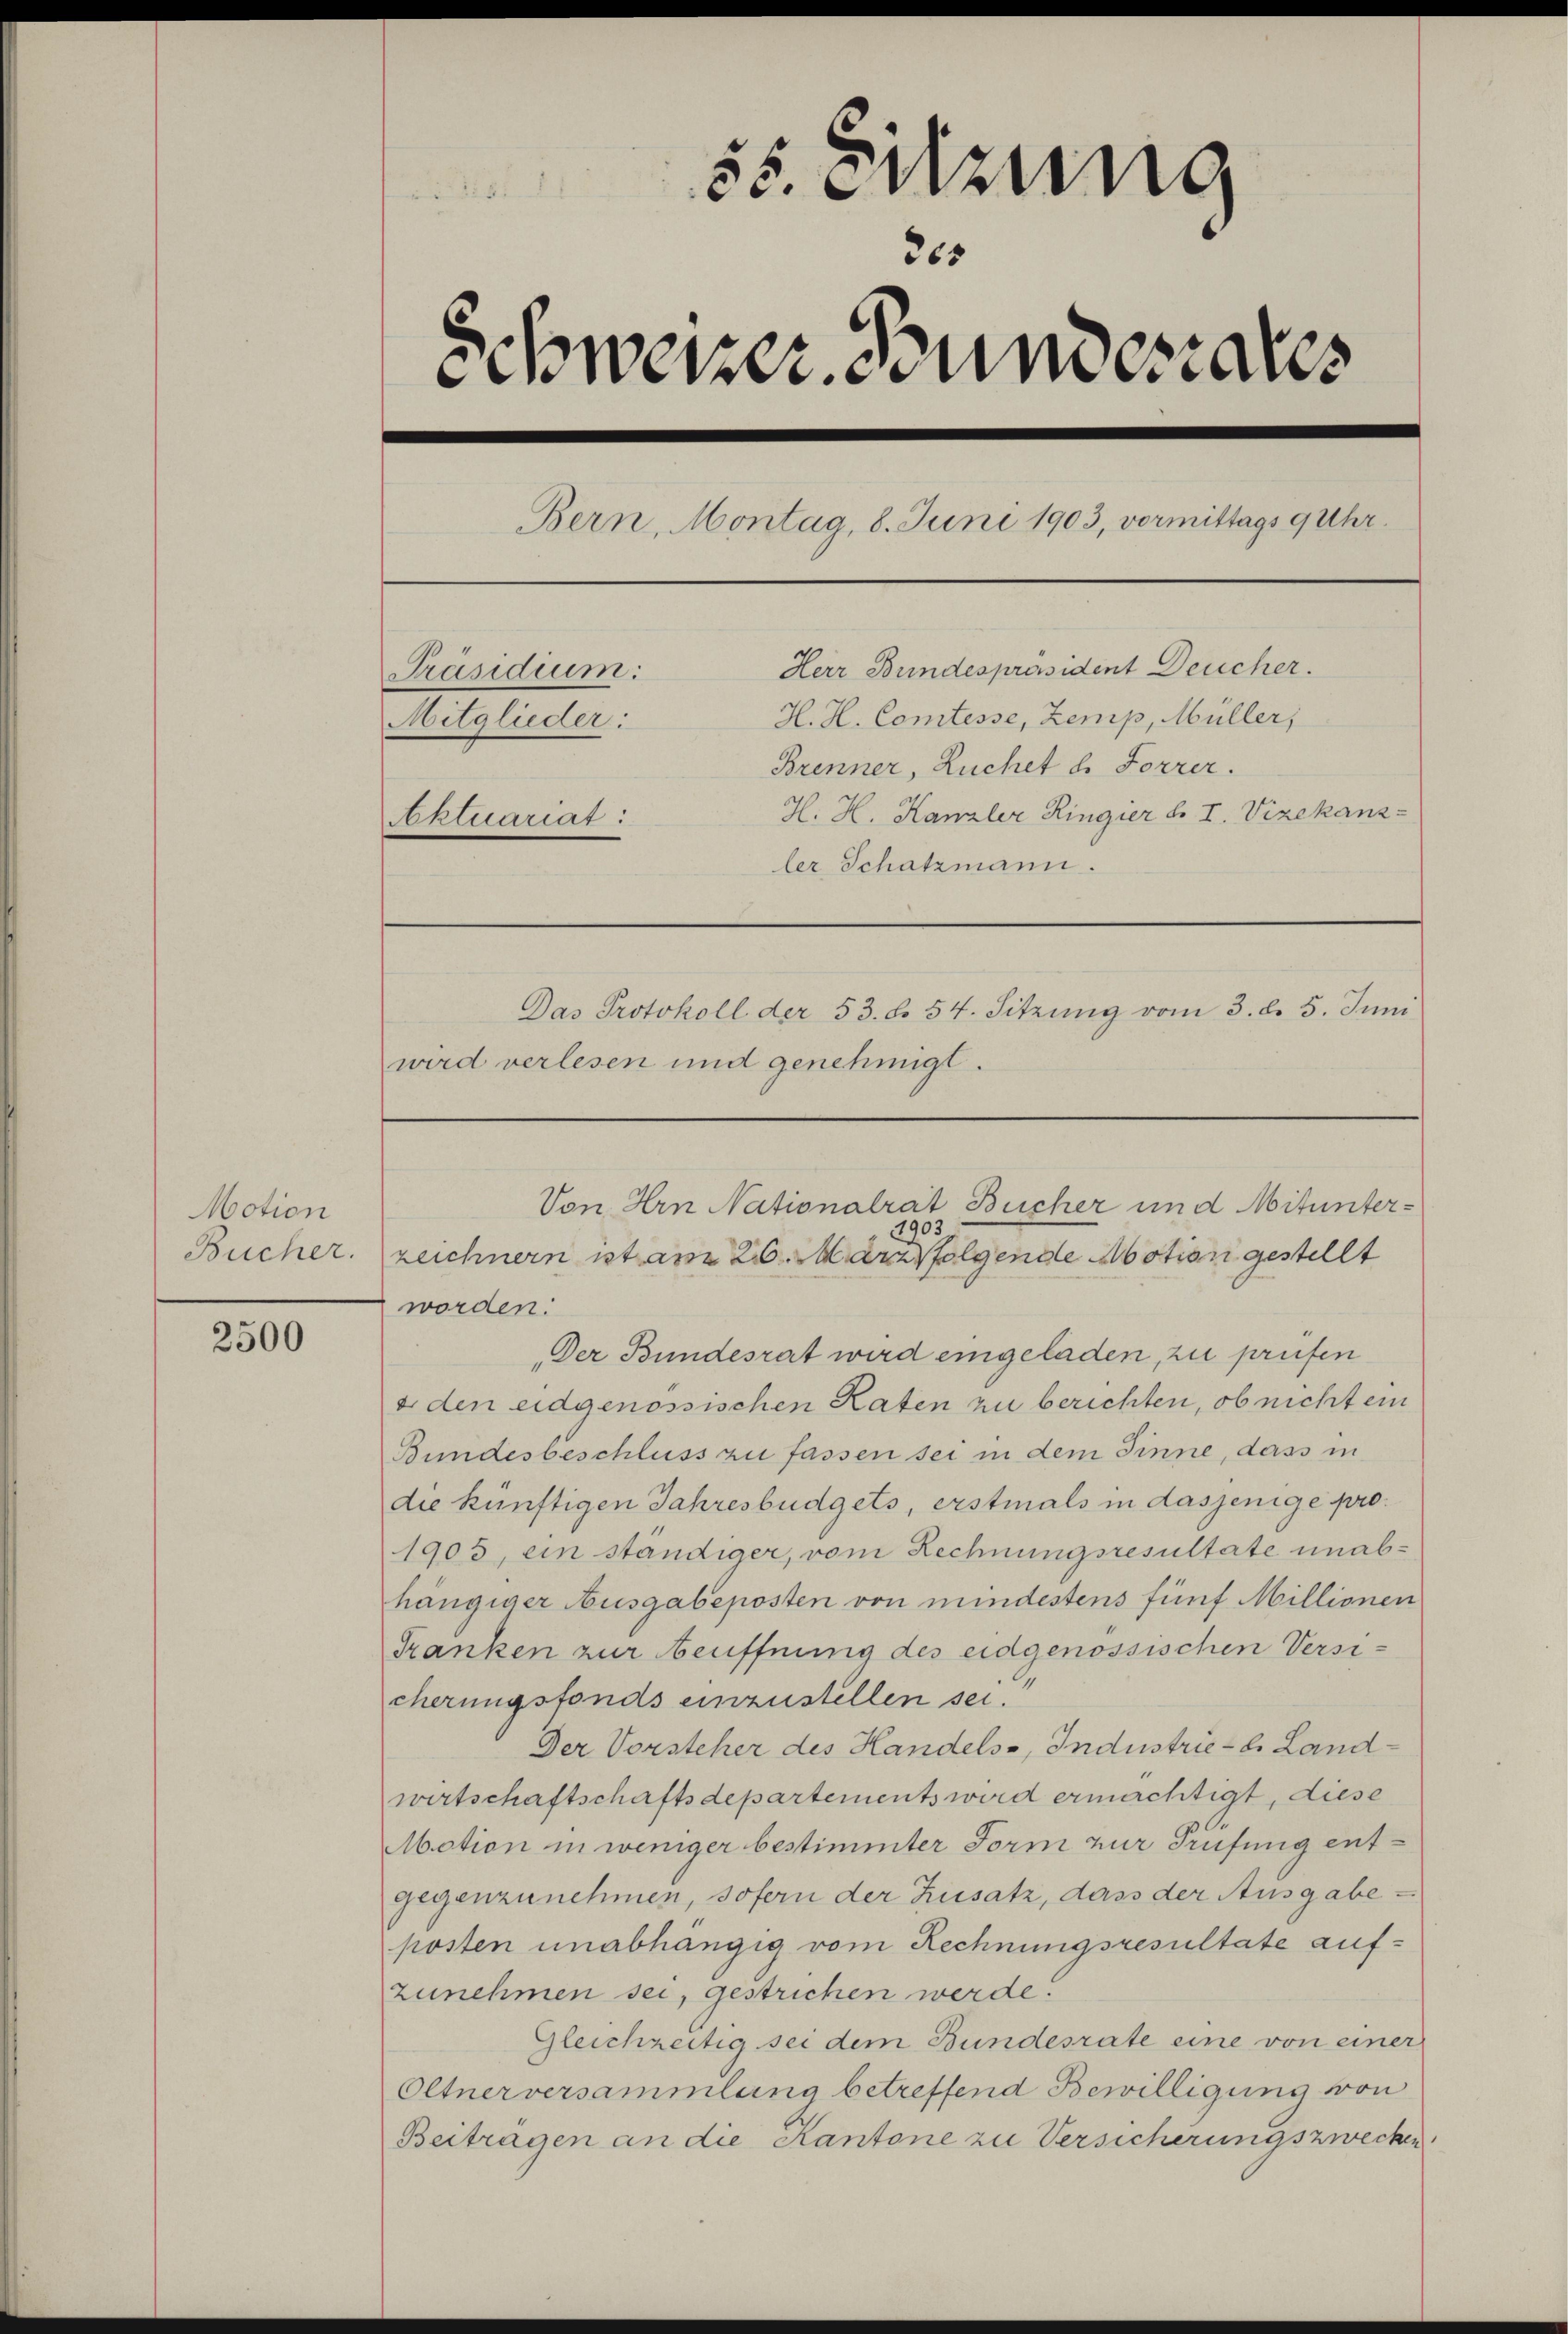
Motion
Bucher.

2500

55. Sitzung
265
ihweizer, Bundesaus

Bern, Montag, 8. Juni 1903, vormittags 9 Uhr.
Herr Bundespräsident Deucher.
Präsidium:
H. H. Comtesse, Zemp, Müller,
Mitglieder:
Brenner, Ruchet u. Forrer.
H. H. Kanzler Ringier d. I. Vizekanz-
Aktuariat:
ler Schatzmann.
Das Protokoll der 53. d. 54. Sitzŭng vom 3. d. 5. Juni
wird verlesen und genehmigt.

zeichnern ist am 26. März folgende Motion gestellt
worden:
Der Bundesrat wird eingeladen, zu prüfen
e den eidgenössischen Raten zu berichten, ob nicht ein
Bundesbeschluss zu fassen sei in dem Sinne, dass in
die künftigen Jahresbüdgets, erstmals in dasjenige pro¬
1905, ein ständiger, vom Rechnungsresultate unabhängiger Ausgabeposten von mindestens fünf Millionen
Tranken zur euffnung des eidgenössischen Versicherungsfonds einzustellen sei.
Der Vorsteher des Handels-, Industrie-S. Landwirtschaftschaftsdepartements wird ermächtigt, diese
Motion in weniger bestimmter Form zur Prüfung entgegenzunehmen, sofern der Zusatz, dass der Ausgabe
posten unabhängig vom Rechnungsresultate aufzunehmen sei, gestrichen werde.
Gleichzeitig sei dem Bundesrate eine von einer
Oltner versammlung betreffend Bewilligung von
Beitragen an die Kantone zu Versicherungszwecken

Von Hrn Nationalrat Bücher und Mitunter¬
1903